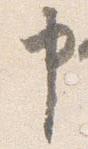
申